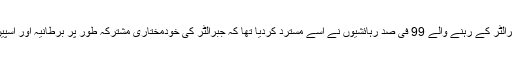
2002 ء میں جبرالٹر کے رہنے والے 99 فی صد رہائشیوں نے اسے مسترد کردیا تھا کہ جبرالٹر کی خودمختاری مشترکہ طور پر برطانیہ اور اسپین کے پاس رہے۔